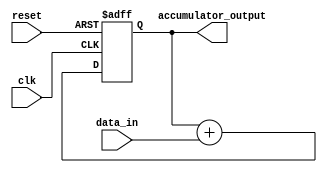
module Parallel_Accumulator (
  input wire clk,
  input wire reset,
  input wire [7:0] data_in,
  output reg [15:0] accumulator_output
);

reg [15:0] accumulator_temp;

always @ (posedge clk or posedge reset) begin
  if (reset) begin
    accumulator_temp <= 16'd0;
  end else begin
    accumulator_temp <= accumulator_temp + data_in;
  end
end

assign accumulator_output = accumulator_temp;

endmodule